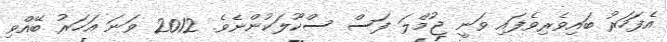
އެފަހަރު ބައިވެރިވެފައި ވަނީ ޖުމްލަ ފަސް ސްކޫލަކުންނެވެ. 2012 ވަނަ އަހަރު ބޭއްވި